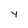
Character: 4